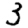
Digit: 3